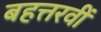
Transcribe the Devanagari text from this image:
बहत्तरवीं